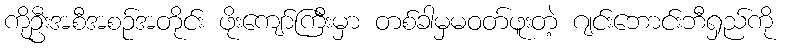
ကိုဦးအစီအစဉ်အတိုင်း ဖိုးကျော်ကြီးမှာ တစ်ခါမှမဝတ်ဖူးတဲ့ ဂျင်းဘောင်းဘီရှည်ကို